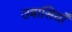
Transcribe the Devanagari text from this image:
उबासियाँ